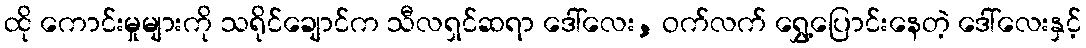
ထို ကောင်းမှုများကို သရိုင်ချောင်က သီလရှင်ဆရာ ဒေါ်လေး, ဝက်လက် ရွှေ့ပြောင်းနေတဲ့ ဒေါ်လေးနှင့်